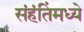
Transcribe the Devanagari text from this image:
संहंतिंमध्ये